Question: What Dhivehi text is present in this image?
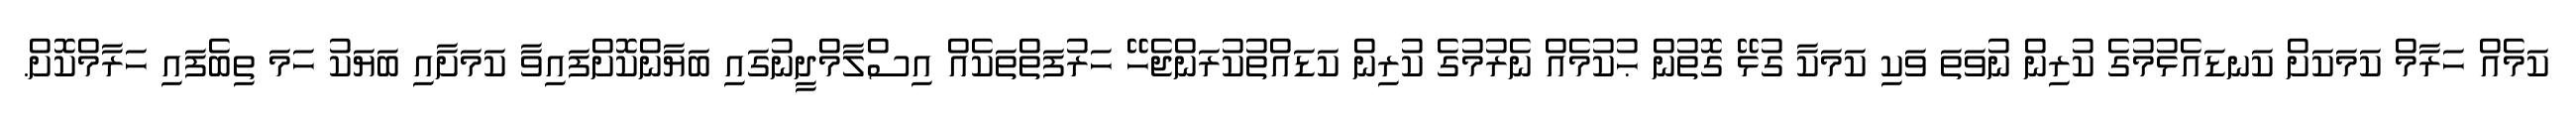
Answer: ކަމެއް ހަރާމް ކަމަކަށް ކަނޑައެޅުމުގެ ކުރިން ނުވަތަ ވަކި ކަމަކާ ގުޅޭ ގޮތުން ޙުކުމެއް ނެރުމުގެ ކުރިން ކަޑައްތުކުރަންޖެހޭ ހަރުފަތްތަކެއް އިސްލާމްދީނުގައި ބަޔާންކޮށްފައިވާ ކަމަށާއި ބަޔަކު ހަމަ ތިބެފައި ހަރާމްކޮށް.